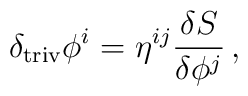
\delta_{\rm triv} \phi^i =\eta ^{ij}\frac{\delta S}{\delta \phi  ^j}\,,